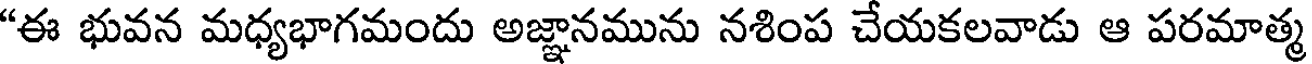
"ఈ భువన మధ్యభాగమందు అజ్ఞానమును నశింప చేయకలవాడు ఆ పరమాత్మ